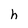
Character: h